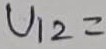
Text: U12=